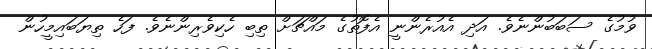
ވުމުގެ ސަބަބުންނެވެ. އަދި އެއުރެންނީ އެފޮތުގެ މައްޗަށް ތިބި ހެކިވެރިންނެވެ. ފަހެ ތިޔަބައިމީހުން